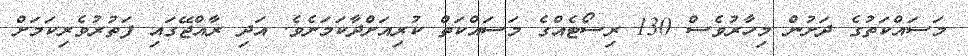
މަސައްކަތުގެ ދަށުން މިހާރުވެސް 130 ރިސޯޓެއްގެ މަސައްކަތް ކުރިއަށްދާކަމަށެވެ. އަދި ރާއްޖޭގައި ފަތުރުވެރިކަމަށް